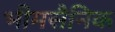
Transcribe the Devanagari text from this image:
भीमसैनिक